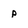
Character: p